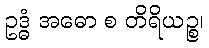
ဥဒ္ဓံ အဓော စ တိရိယဉ္စ၊